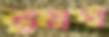
ভূস্বর্গ